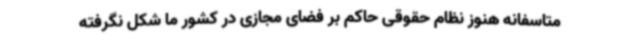
متاسفانه هنوز نظام حقوقی حاکم بر فضای مجازی در کشور ما شکل نگرفته